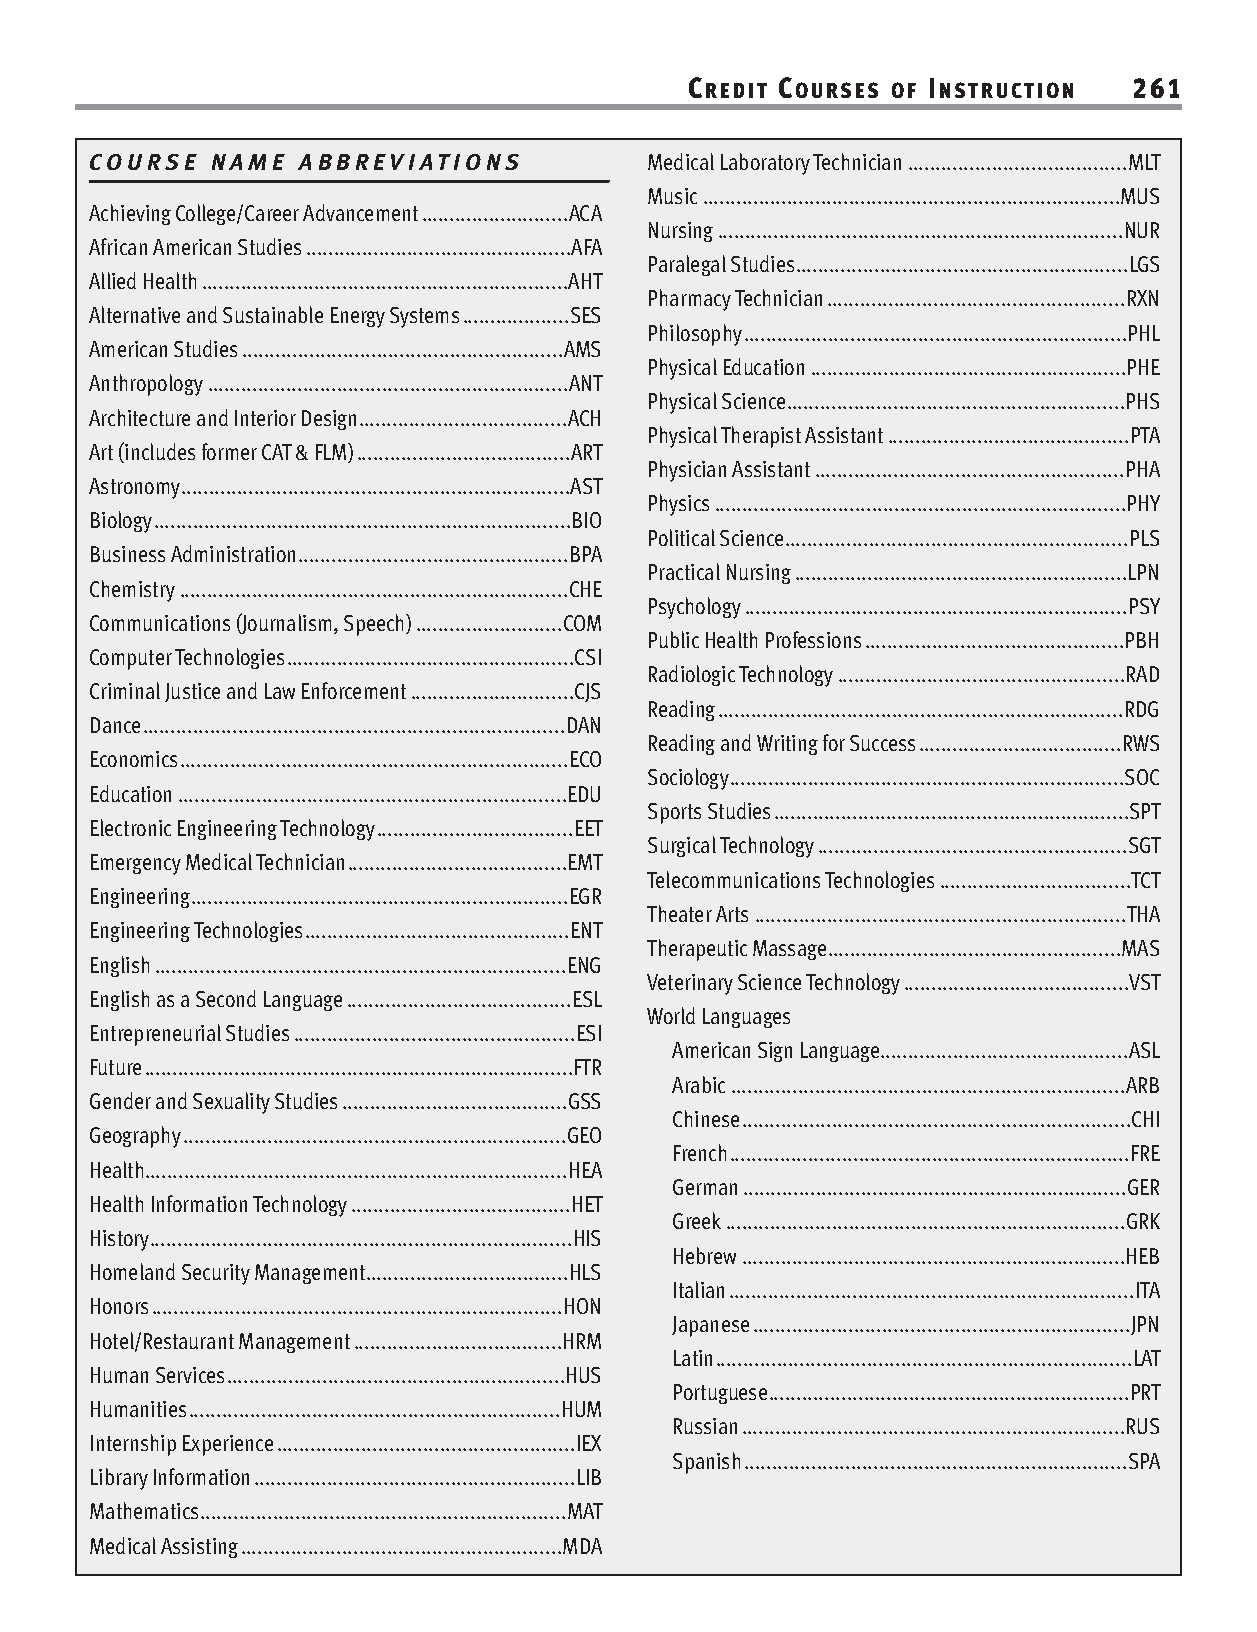
CREDIT COURSES OF INSTRUCTION 261
 COURSE  NAME  ABBREVIATIONS          Medical Laboratory Technician.......................................MLT
 Music..........................................................................MUS
 Achieving College/Career Advancement..........................ACA
 Nursing........................................................................NUR
 African American Studies...............................................AFA
 Paralegal Studies...........................................................LGS
 Allied Health.................................................................AHT
 Pharmacy Technician.....................................................RXN
 Alternative and Sustainable Energy Systems...................SES
 Philosophy....................................................................PHL
 American Studies.........................................................AMS
 Physical Education........................................................PHE
 Anthropology................................................................ANT
 Physical Science............................................................PHS
 Architecture and Interior Design.....................................ACH
 Physical Therapist Assistant...........................................PTA
 Art (includes former CAT & FLM)......................................ART
 Physician Assistant.......................................................PHA
 Astronomy.....................................................................AST
 Physics.........................................................................PHY
 Biology..........................................................................BIO
 Political Science.............................................................PLS
 Business Administration................................................BPA
 Practical Nursing...........................................................LPN
 Chemistry.....................................................................CHE
 Psychology....................................................................PSY
 Communications (Journalism, Speech)..........................COM
 Public Health Professions..............................................PBH
 Computer Technologies...................................................CSI
 Radiologic Technology...................................................RAD
 Criminal Justice and Law Enforcement.............................CJS
 Reading........................................................................RDG
 Dance...........................................................................DAN
 Reading and Writing for Success....................................RWS
 Economics.....................................................................ECO
 Sociology......................................................................SOC
 Education.....................................................................EDU
 Sports Studies...............................................................SPT
 Electronic Engineering Technology...................................EET
 Surgical Technology.......................................................SGT
 Emergency Medical Technician.......................................EMT
 Telecommunications Technologies..................................TCT
 Engineering...................................................................EGR
 Theater Arts..................................................................THA
 Engineering Technologies...............................................ENT
 Therapeutic Massage....................................................MAS
 English.........................................................................ENG
 Veterinary Science Technology........................................VST
 English as a Second Language........................................ESL
 World Languages
 Entrepreneurial Studies..................................................ESI
 American Sign Language............................................ASL
 Future............................................................................FTR
 Arabic......................................................................ARB
 Gender and Sexuality Studies........................................GSS
 Chinese.....................................................................CHI
 Geography....................................................................GEO
 French.......................................................................FRE
 Health...........................................................................HEA
 German....................................................................GER
 Health Information Technology.......................................HET
 Greek.......................................................................GRK
 History...........................................................................HIS
 Hebrew....................................................................HEB
 Homeland Security Management....................................HLS
 Italian........................................................................ITA
 Honors.........................................................................HON
 Japanese...................................................................JPN
 Hotel/Restaurant Management.....................................HRM
 Latin..........................................................................LAT
 Human Services............................................................HUS
 Portuguese................................................................PRT
 Humanities..................................................................HUM
 Russian....................................................................RUS
 Internship Experience.....................................................IEX
 Spanish....................................................................SPA
 Library Information.........................................................LIB
 Mathematics.................................................................MAT
 Medical Assisting.........................................................MDA